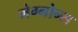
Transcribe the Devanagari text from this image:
मेग्नोन्स